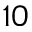
1 0